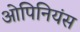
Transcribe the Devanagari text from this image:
ओपिनियंस